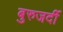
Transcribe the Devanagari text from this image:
बुरुजर्दी